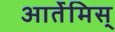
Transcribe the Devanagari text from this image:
आर्तेमिस्